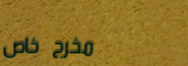
مخرج خاص